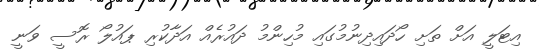
އިޓަލީ އަށް ތަށި ހޯދައިދިނުމުގައި މުހިންމު ދައުރެއް އަދާކުރި ޕައުލޯ ރޮސީ ވަނީ